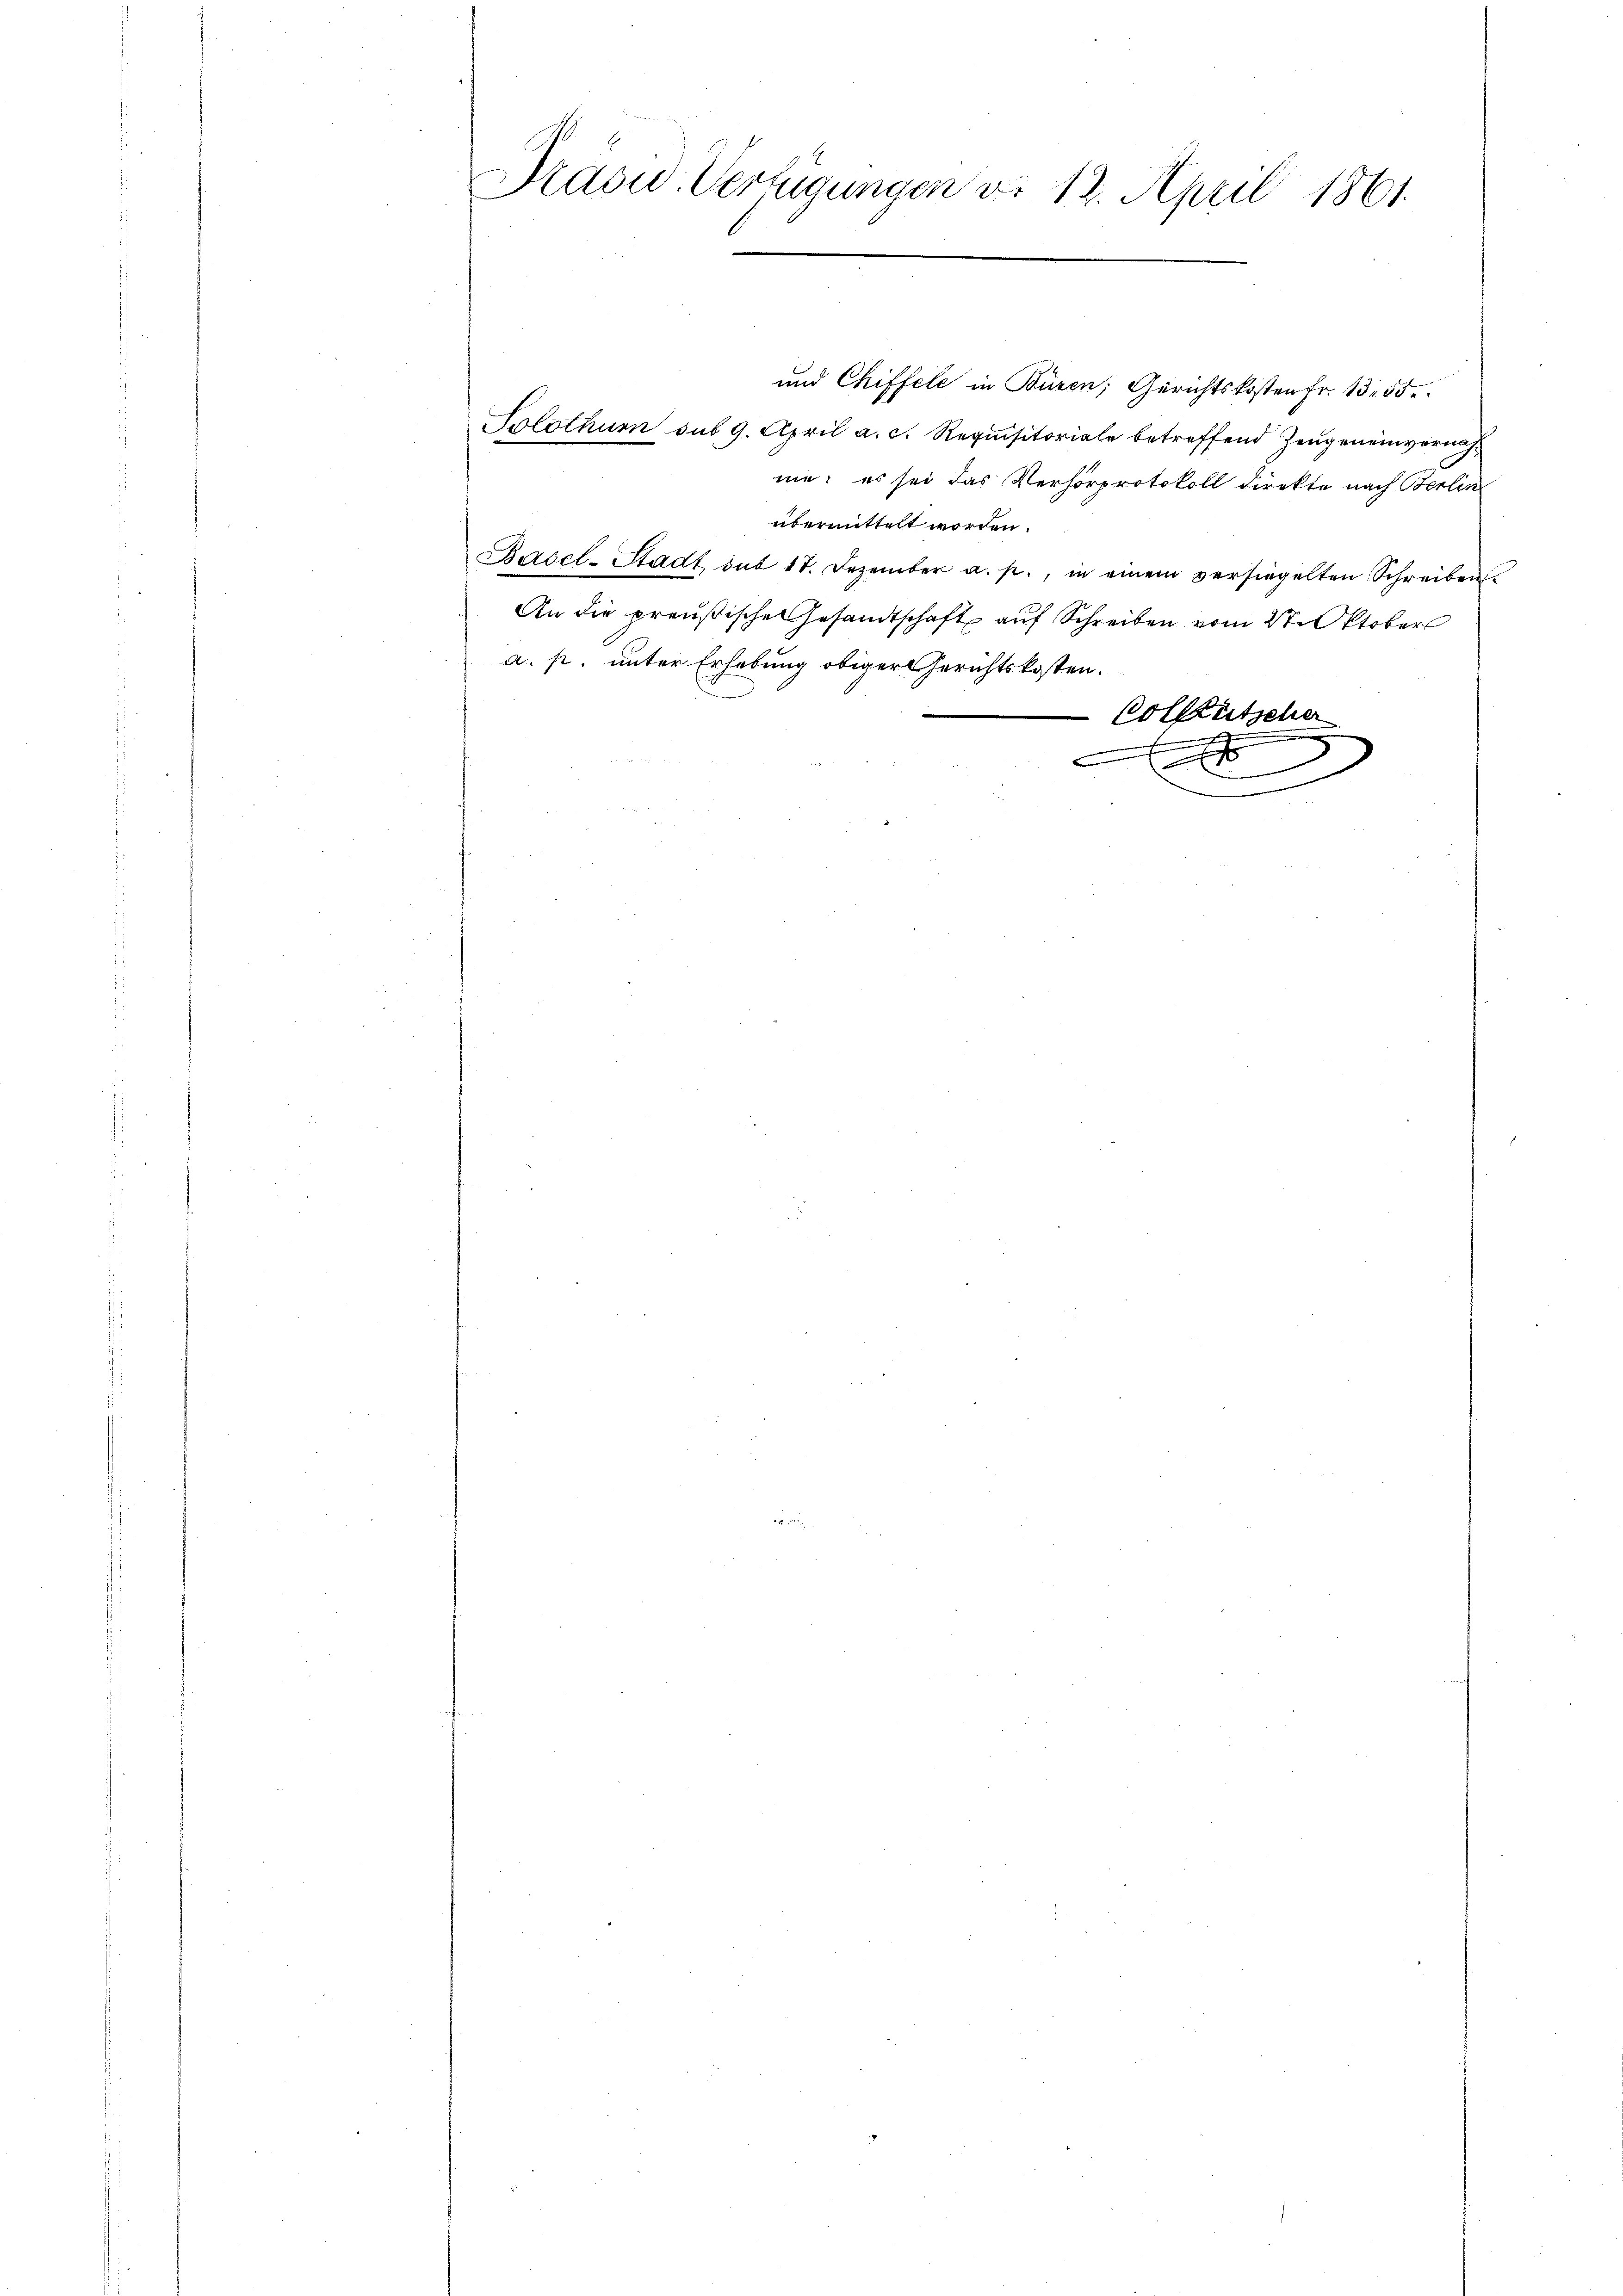
und Chiffele in Büren; Gerichtskosten Fr. 132. 55.
Solothurn sub 9. April a. c. Requisitoriale betreffend Zeŭgen einvernahme; es sei das Verhörprotokoll direkte nach Berlin
übermittelt worden.
Basel-Stadt dit 17. Dezember a. p., in einem versiegelten Schreiben
An die preußische Gesandtschaft auf Schreiben vom 2ten Oktober
a. p. unter Erhebung obiger Gerichtskosten.
Collentscher
c
e
x
.
n

Prasid. Verfügungen v. 13. April 1861.